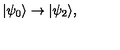
| \psi _ { 0 } \rangle \rightarrow | \psi _ { 2 } \rangle ,